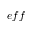
e f f